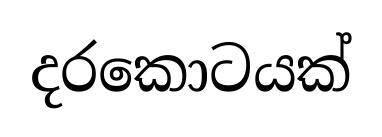
දරකොටයක්